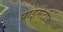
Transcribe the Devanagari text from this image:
प्राइमेटीज